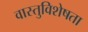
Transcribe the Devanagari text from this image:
वास्तुविशेषता